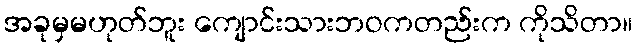
အခုမှမဟုတ်ဘူး ကျောင်းသားဘဝကတည်းက ကိုသိတာ။